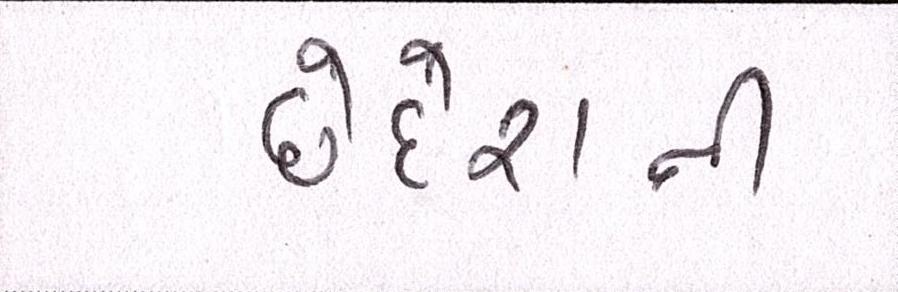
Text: છેદેશની